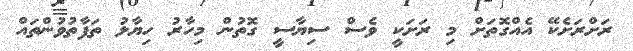
ރަށްރަށެކޭ އެއްގޮތަށް މި ރަށަކީ ވެސް ސިޔާސީ ގޮތުން މިހާރު ހިޔާލު ތަފާތުވުންތައް